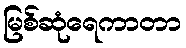
မြစ်ဆုံရေကာတာ